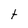
Character: t